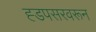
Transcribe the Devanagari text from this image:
ह्डपसरवरून